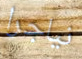
نياجرا